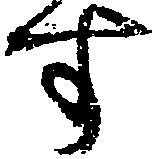
す